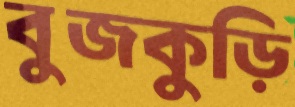
বুজকুড়ি